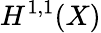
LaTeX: H^{1,1}(X)